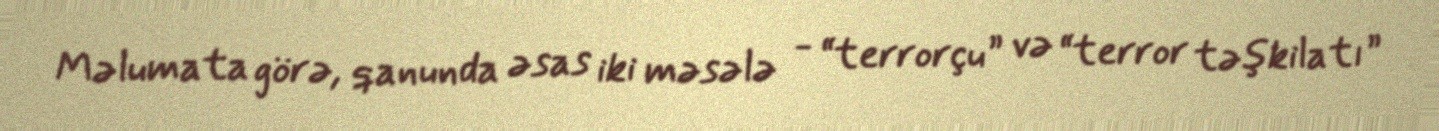
Məlumata görə, qanunda əsas iki məsələ - “terrorçu” və “terror təşkilatı”